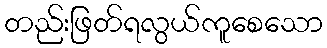
တည်းဖြတ်ရလွယ်ကူစေသော